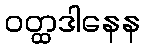
ဝတ္ထဒါနေန